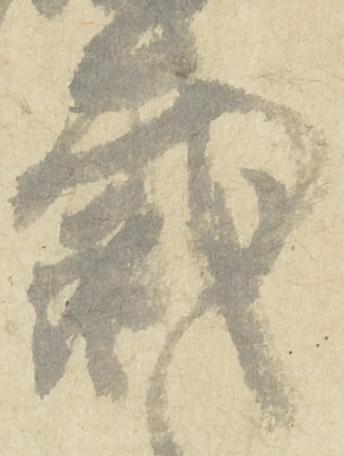
裁